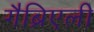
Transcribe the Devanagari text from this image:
गैब्रिएली